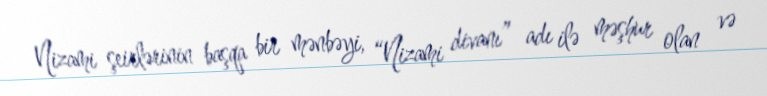
Nizami şeirlərinin başqa bir mənbəyi, “Nizami divanı” adı ilə məşhur olan və